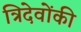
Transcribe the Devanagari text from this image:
त्रिदेवोंकी